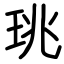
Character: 珧